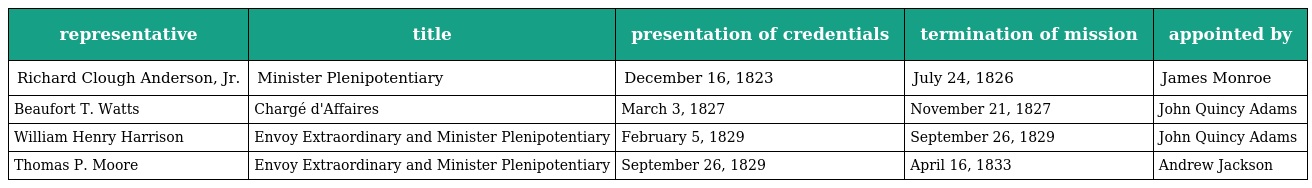
| representative | title | presentation of credentials | termination of mission | appointed by |
 | --- | --- | --- | --- | --- |
 | Richard Clough Anderson, Jr. | Minister Plenipotentiary | December 16, 1823 | July 24, 1826 | James Monroe |
 | Beaufort T. Watts | Chargé d'Affaires | March 3, 1827 | November 21, 1827 | John Quincy Adams |
 | William Henry Harrison | Envoy Extraordinary and Minister Plenipotentiary | February 5, 1829 | September 26, 1829 | John Quincy Adams |
 | Thomas P. Moore | Envoy Extraordinary and Minister Plenipotentiary | September 26, 1829 | April 16, 1833 | Andrew Jackson |